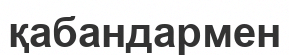
қабандармен